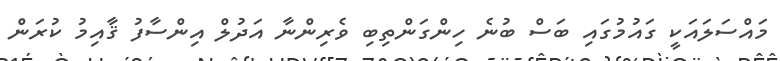
މައްސަލައަކީ ގައުމުގައި ބަސް ބުނެ ހިންގަންތިބި ވެރިންނާ އަދުލް އިންސާފު ޤާއިމު ކުރަން